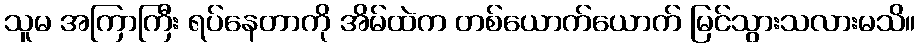
သူမ အကြာကြီး ရပ်နေတာကို အိမ်ထဲက တစ်ယောက်ယောက် မြင်သွားသလားမသိ။